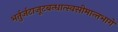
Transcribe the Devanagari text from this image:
भर्तुर्जटाजूटबन्धात्स्वसीमान्तभागे